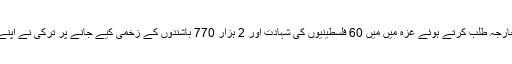
اسرائیل کے سفیر کو وزارتِ خارجہ طلب کرتے ہوئے غزہ میں میں 60 فلسطینیوں کی شہادت اور 2 ہزار 770 باشندوں کے زخمی کیے جانے پر ترکی نے اپنے غم و غصے کااظہار کیا ہے۔